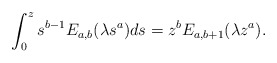
\begin{align*}\int_0^z s^{b-1}E_{a,b}(\lambda s^a)ds=z^bE_{a,b+1}(\lambda z^a).\end{align*}